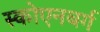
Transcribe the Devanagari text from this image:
स्कोएनबर्ग